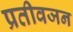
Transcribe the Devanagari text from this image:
प्रतीवजन